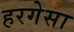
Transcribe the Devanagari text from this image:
हरगेसा